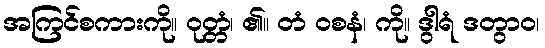
အကြင်စကားကို။ ဝုတ္တံ၊ ၏။ တံ ဝစနံ၊ ကို။ ဒွါရံ ဒတွာဝ၊